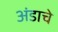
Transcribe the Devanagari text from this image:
अंडाचे